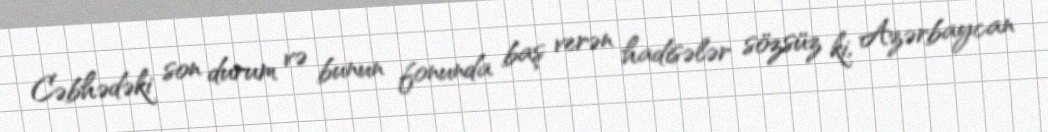
Cəbhədəki son durum və bunun fonunda baş verən hadisələr sözsüz ki, Azərbaycan